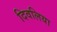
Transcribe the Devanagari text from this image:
दिवलिया